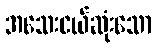
အသေးငယ်ဆုံးသော